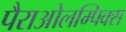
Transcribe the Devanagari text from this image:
पैराओलम्पिक्स